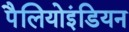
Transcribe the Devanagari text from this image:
पैलियोइंडियन